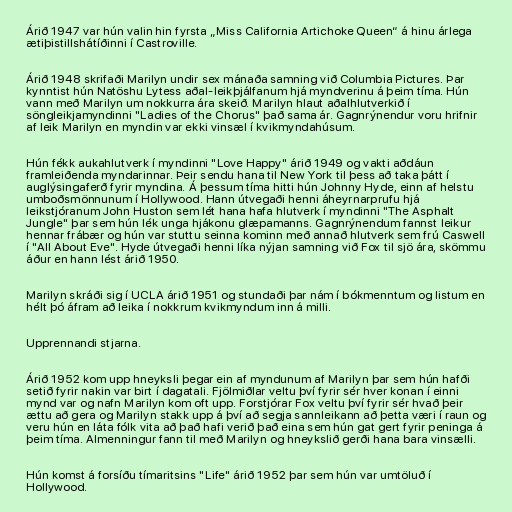
Árið 1947 var hún valin hin fyrsta „Miss California Artichoke Queen“ á hinu árlega
ætiþistillshátíðinni í Castroville.

Árið 1948 skrifaði Marilyn undir sex mánaða samning við Columbia Pictures. Þar
kynntist hún Natöshu Lytess aðal-leikþjálfanum hjá myndverinu á þeim tíma. Hún
vann með Marilyn um nokkurra ára skeið. Marilyn hlaut aðalhlutverkið í
söngleikjamyndinni "Ladies of the Chorus" það sama ár. Gagnrýnendur voru hrifnir
af leik Marilyn en myndin var ekki vinsæl í kvikmyndahúsum.

Hún fékk aukahlutverk í myndinni "Love Happy" árið 1949 og vakti aðdáun
framleiðenda myndarinnar. Þeir sendu hana til New York til þess að taka þátt í
auglýsingaferð fyrir myndina. Á þessum tíma hitti hún Johnny Hyde, einn af helstu
umboðsmönnunum í Hollywood. Hann útvegaði henni áheyrnarprufu hjá
leikstjóranum John Huston sem lét hana hafa hlutverk í myndinni "The Asphalt
Jungle" þar sem hún lék unga hjákonu glæpamanns. Gagnrýnendum fannst leikur
hennar frábær og hún var stuttu seinna kominn með annað hlutverk sem frú Caswell
í "All About Eve". Hyde útvegaði henni líka nýjan samning við Fox til sjö ára, skömmu
áður en hann lést árið 1950.

Marilyn skráði sig í UCLA árið 1951 og stundaði þar nám í bókmenntum og listum en
hélt þó áfram að leika í nokkrum kvikmyndum inn á milli.

Upprennandi stjarna.

Árið 1952 kom upp hneyksli þegar ein af myndunum af Marilyn þar sem hún hafði
setið fyrir nakin var birt í dagatali. Fjölmiðlar veltu því fyrir sér hver konan í einni
mynd var og nafn Marilyn kom oft upp. Forstjórar Fox veltu því fyrir sér hvað þeir
ættu að gera og Marilyn stakk upp á því að segja sannleikann að þetta væri í raun og
veru hún en láta fólk vita að það hafi verið það eina sem hún gat gert fyrir peninga á
þeim tíma. Almenningur fann til með Marilyn og hneykslið gerði hana bara vinsælli.

Hún komst á forsíðu tímaritsins "Life" árið 1952 þar sem hún var umtöluð í
Hollywood.